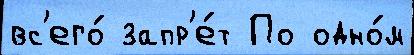
вс'его́ запр'е́т По одно́м